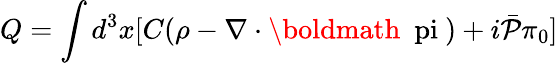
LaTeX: Q=\int d^{3}x[C(\rho-\nabla\cdot\mathrm{\boldmath~\ pi~})+i\bar{{\cal P}}\pi_{0}]